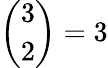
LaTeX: {\binom{3}{2}}=3